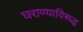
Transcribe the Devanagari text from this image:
घराण्याविरूद्ध